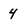
Character: 4